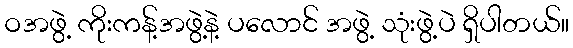
ဝအဖွဲ့ ကိုးကန့်အဖွဲ့နဲ့ ပလောင် အဖွဲ့ သုံးဖွဲ့ပဲ ရှိပါတယ်။